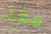
معد